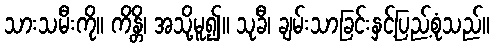
သားသမီးကို။ ကိန္တိ၊ အသို့မူ၍။ သုခီ၊ ချမ်းသာခြင်းနှင့်ပြည့်စုံသည်။